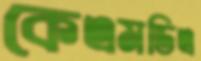
কেএমডিএ